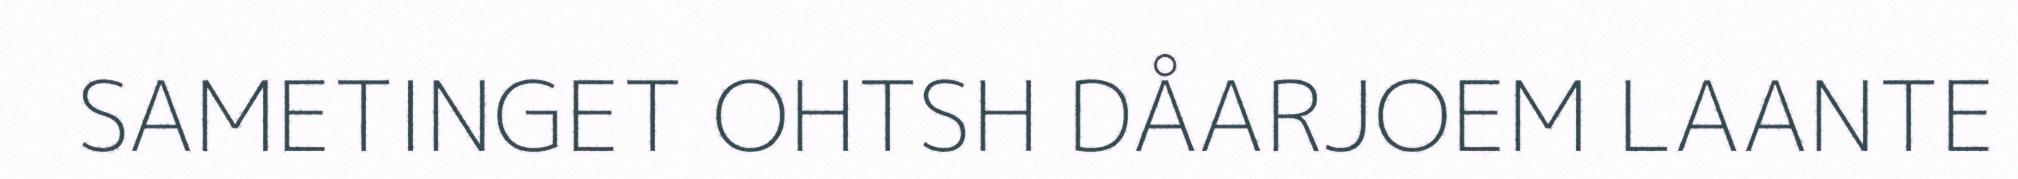
SAMETINGET OHTSH DÅARJOEM LAANTE